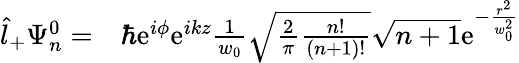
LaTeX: \begin{array}{rl}{\hat{l}_{+}\Psi_{n}^{0}=}&{{}\hbar\mathrm{e}^{i\phi}\mathrm{e}^{ikz}\frac{1}{w_{0}}\sqrt{\frac{2}{\pi}\frac{n!}{(n+1)!}}\sqrt{n+1}\mathrm{e}^{-\frac{r^{2}}{w_{0}^{2}}}}\end{array}